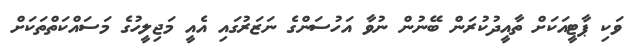
ވަކި ޕާޓީއަކަށް ތާއީދުކުރަން ބޭނުން ނުވާ އަހުސަންގެ ނަޒަރުގައި އެއީ މަޖިލީހުގެ މަސައްކަތްތަކަށް